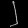
Digit: ၂